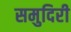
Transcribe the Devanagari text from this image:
समुदिरी